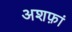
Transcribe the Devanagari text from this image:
अशफ़ां